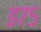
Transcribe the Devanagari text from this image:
इ७५